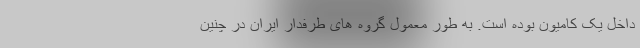
داخل یک کامیون بوده است. به طور معمول گروه های طرفدار ایران در چنین